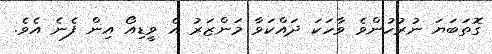
ގޮތަބަޔަ ނުރުހުންވެ ވާހަކަ ދައްކަވާ މަންޒަރު އެ ވީޑިއޯ އިން ފެނެ އެވެ.